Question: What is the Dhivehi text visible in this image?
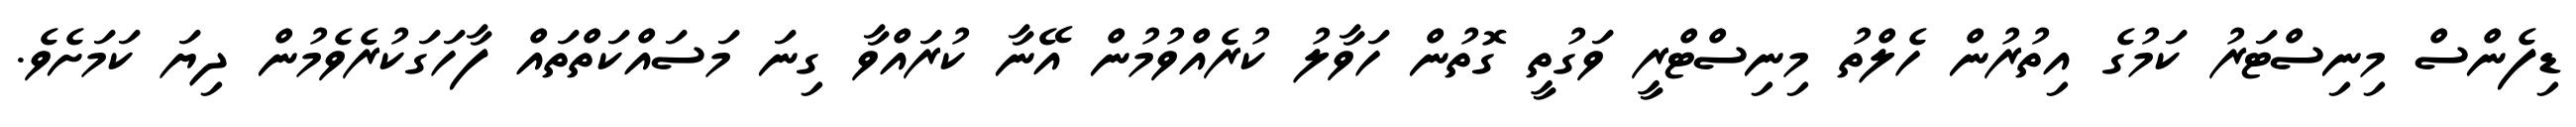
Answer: ޑިފެންސް މިނިސްޓަރު ކަމުގެ އިތުރުން ހެލްތު މިނިސްޓްރީ ވަގުތީ ގޮތުން ހަވާލު ކުރެއްވުމުން އޭނާ ކުރައްވާ ގިނަ މަސައްކަތްތައް ފާހަގަކުރެވެމުން ދިޔަ ކަމަށެވެ.